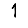
Digit: 1